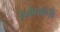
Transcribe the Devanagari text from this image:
रोबोकॉपी